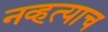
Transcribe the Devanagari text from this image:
नव्हत्याच